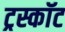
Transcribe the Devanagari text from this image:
ट्रस्कॉट